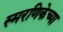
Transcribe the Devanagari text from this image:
स्मरणिकेच्या